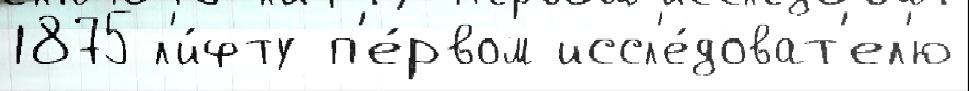
1875 л'и́фту п'е́рвом иссл'е́доват'ел'ю